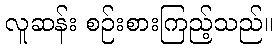
လူဆန်း စဉ်းစားကြည့်သည်။